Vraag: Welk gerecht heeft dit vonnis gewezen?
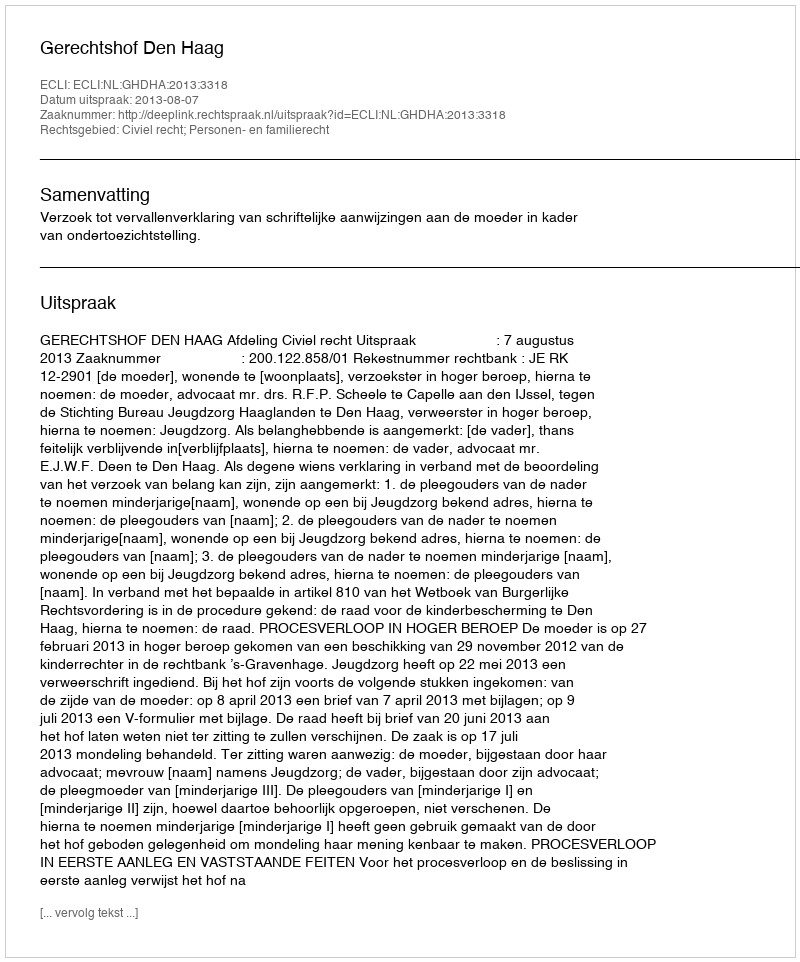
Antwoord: Gerechtshof Den Haag